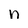
Character: n